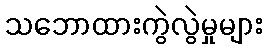
သဘောထားကွဲလွဲမှုများ